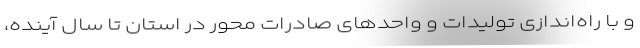
و با راه‌اندازی تولیدات و واحدهای صادرات محور در استان تا سال آینده،